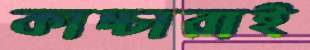
কাচ্চারাই